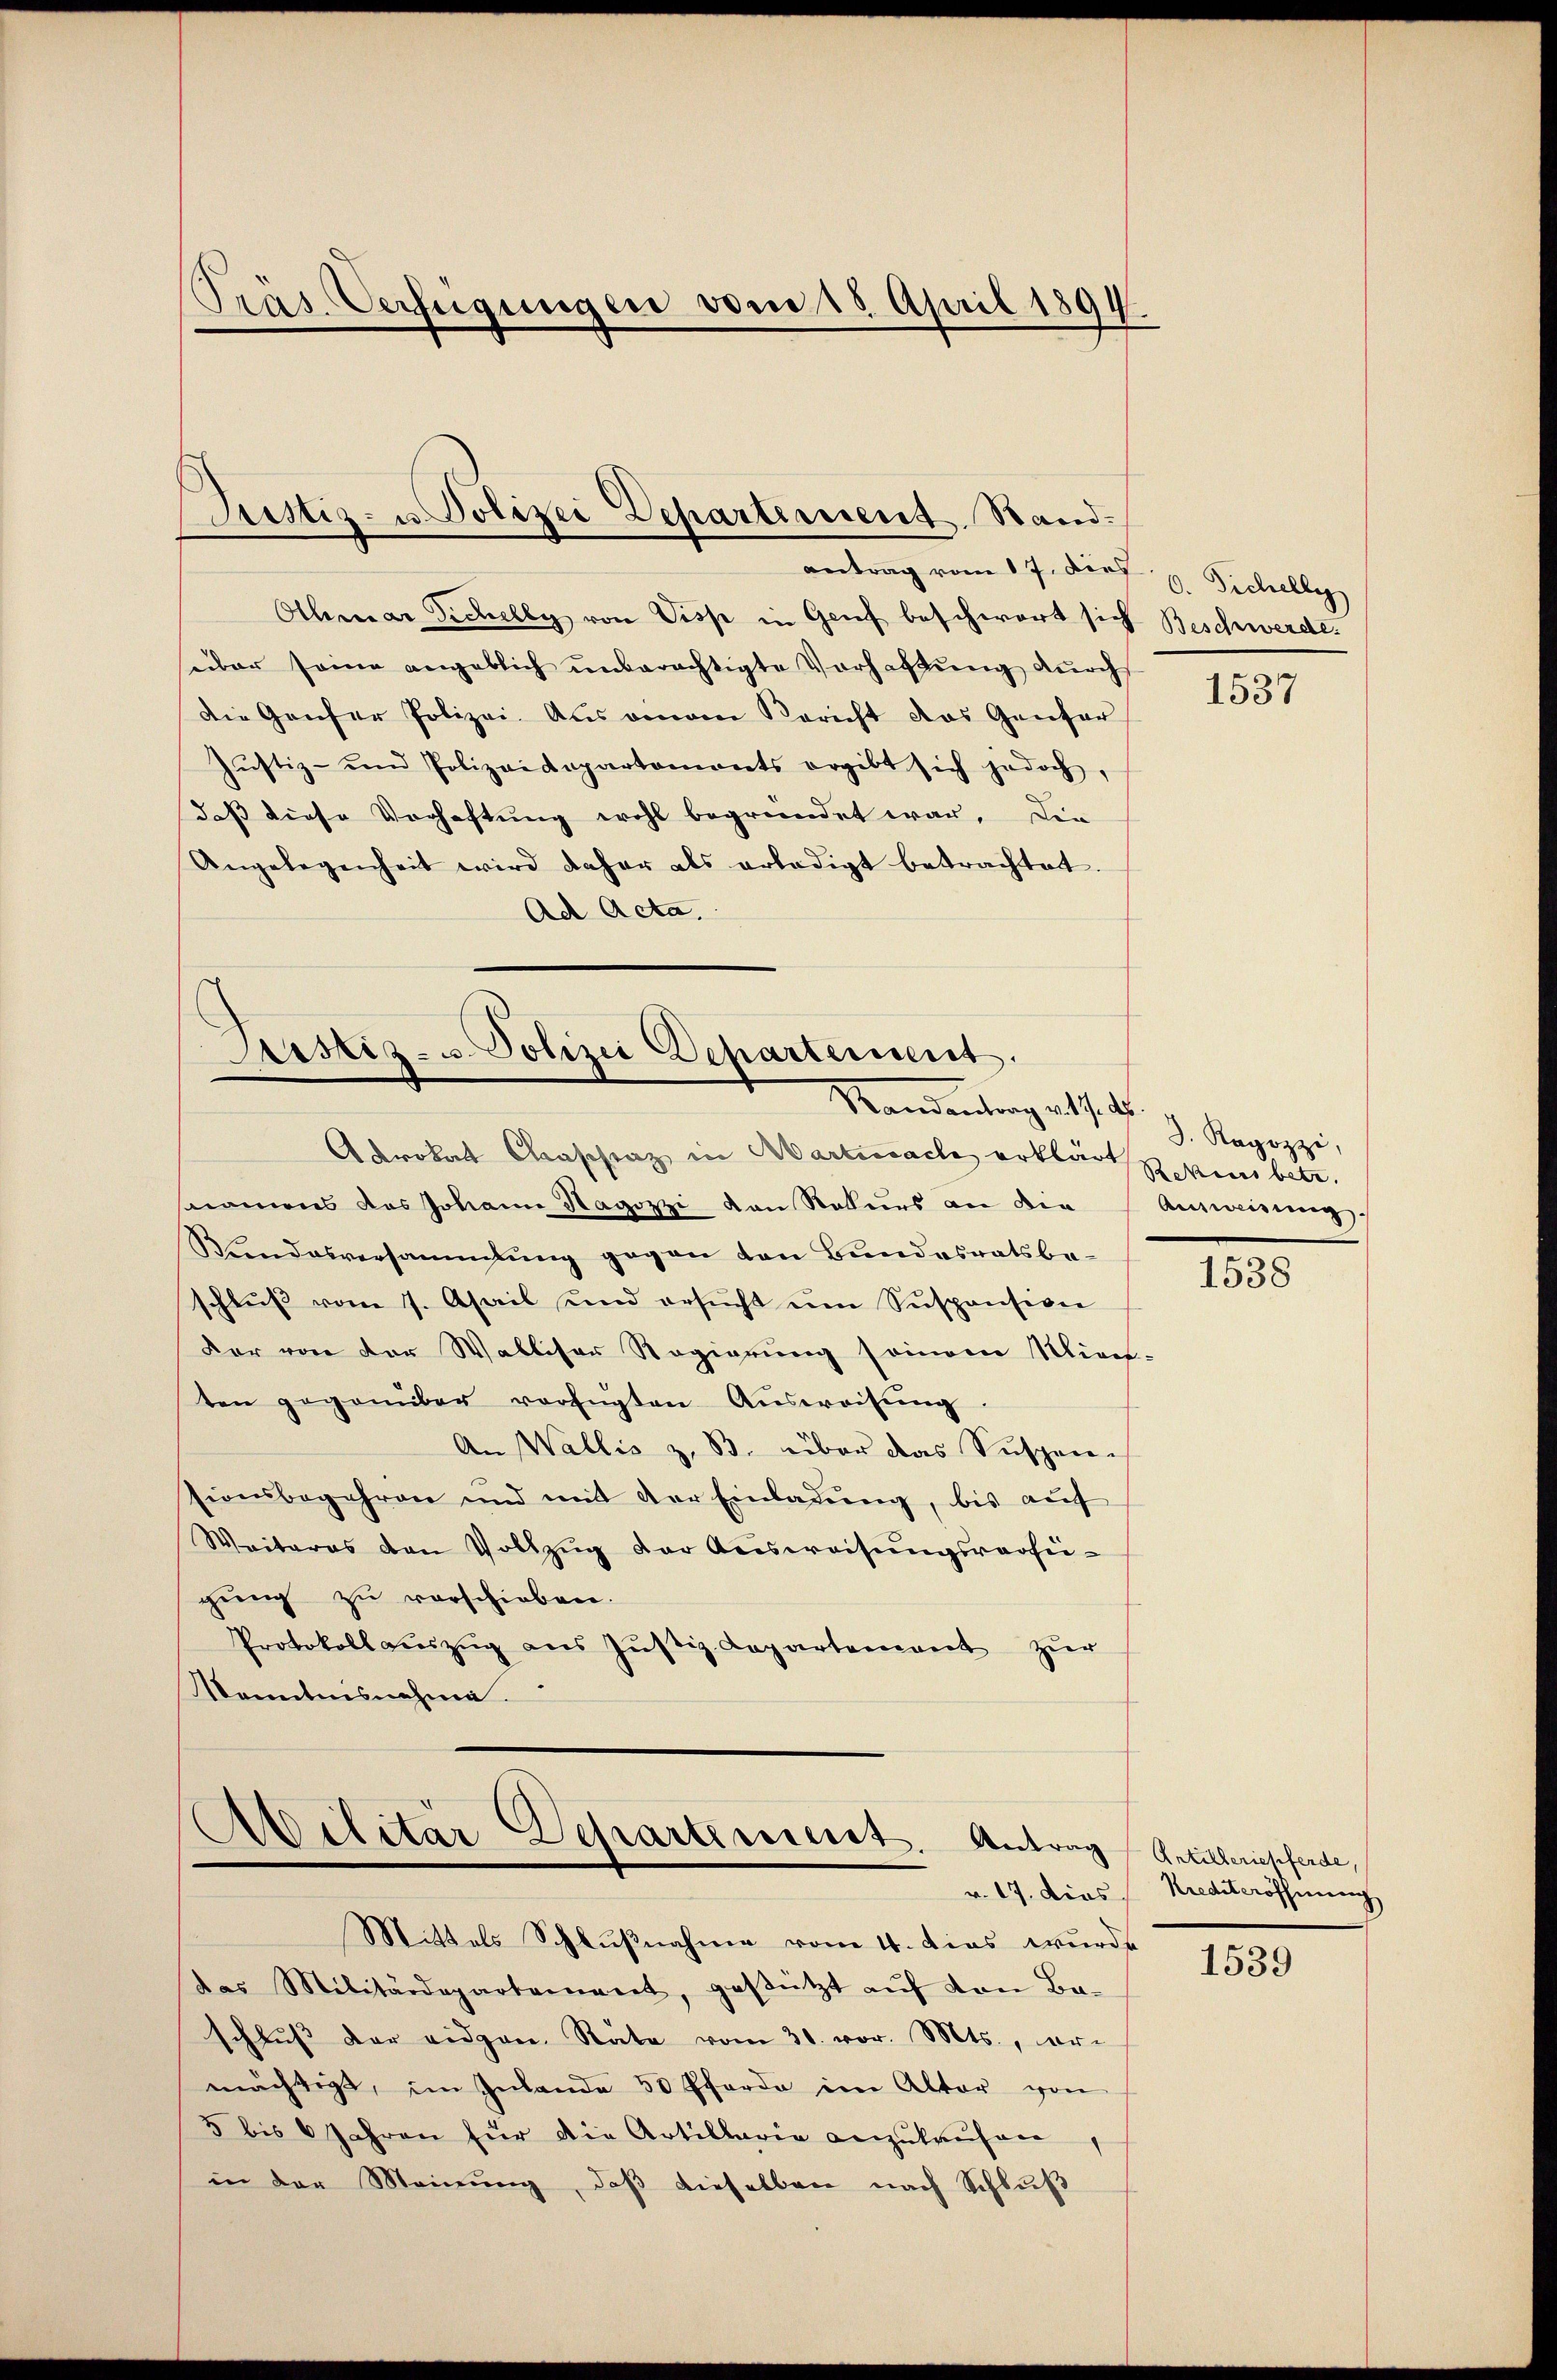
Othmar Sichelly von Viss in Genf beschwert sich Beschwerde.
über seine angeblich ŭnberechtigte Vorhaltŭng dŭrch
Die Genfer Polizei. Aus einem Bericht das Gentar
Jŭstiz- und Polizeidepartaments ergibt sich jedoch,
dass diese Verhaftung wohl begründet war. Die
Angelegenheit wird daher als erledigt betrachtet.
Ad Acta.

Präs. Verfügungen vom 15. April 1894.

Justiz- u. Polizei Departement Rand-
antrag vom 17. dies 9. Sichelly

Sistiz- u. Polizei Departerient.
Randantrag v. 17. ds.

Akrokat Conschraz in Martinach erklärt sein bete.
smomens das Johann Hagozzi den Rekurs an die
Kundesversammlung gegen von Bundesratsbeschlŭβ vom 7. April und ersŭcht ŭm Suspension
Der von der Walliser Regierung seinem Mine-
ten gegenüber verfügten Aŭsweisŭng
An Wallis z. B. über das Suspen-
sionsbegehren und mit der Einladung, bis auf
Weiteres den Vollzug der Ausweisungsverseigung zu verschieben.
Protokoll aŭszŭg aŭs Jŭstiz-Capartement zŭr
Kenntnisnehme.

Avilitar Departement. Antrag
v. 17. Dies
Mittels Schlußnahme vom 4. dies wurde

das Militärdepartement, gestützt auf von Ba-
schlŭβ der eidgen. Rate vom 30. vor. Mts., er-
mächtigt, im Inlande 50 Pferde im Alter von
5 bis 6 Jahren für die Artillaria anzukaufen,
in der Meinung, daβ dieselben nach Schlŭβ

1537

3. Rapozzi,
Ausweisung.

1538

Artilleriepferde,
Krediteröffnung

1539